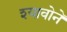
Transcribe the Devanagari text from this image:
श्यावोने